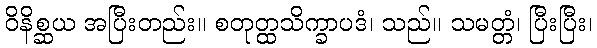
ဝိနိစ္ဆယ အပြီးတည်း။ စတုတ္ထသိက္ခာပဒံ၊ သည်။ သမတ္တံ၊ ပြီးပြီး၊